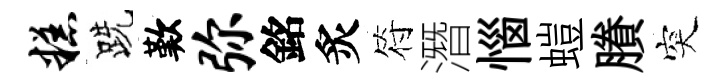
糕跣歎弥銘炙符潛惱螘賸突